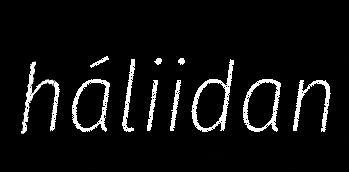
háliidan